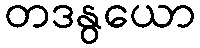
တဒနွယော